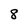
Character: 8